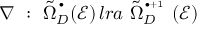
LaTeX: \nabla \ : \ \tilde { \Omega } _ { D } ^ { \, ^ { \bullet } } ( { \mathcal E } ) \, l r a \ \tilde { \Omega } _ { D } ^ { \, ^ { \bullet + 1 } } \ ( { \mathcal E } )